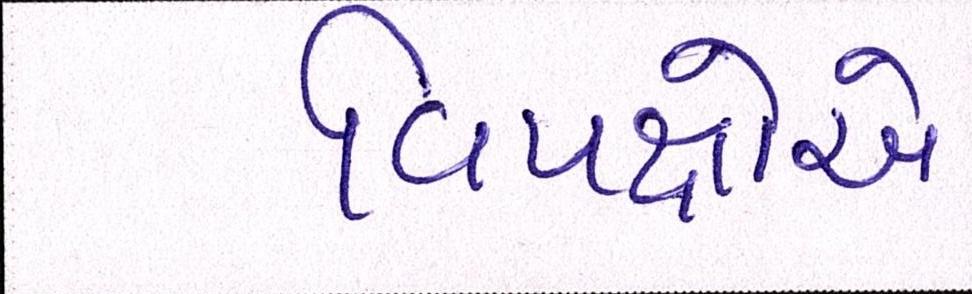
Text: વિપક્ષોએ